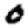
Digit: 0